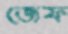
জেফ